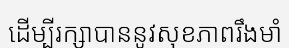
ដើម្បីរក្សាបាននូវសុខភាពរឹងមាំ